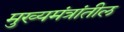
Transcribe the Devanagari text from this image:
मुख्यमंत्रांतील